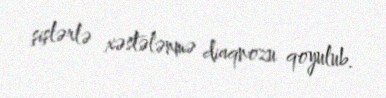
şişlərlə xəstələnmə diaqnozu qoyulub.